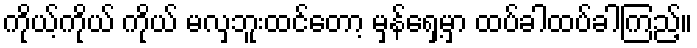
ကိုယ့်ကိုယ် ကိုယ် မလှဘူးထင်တော့ မှန်ရှေ့မှာ ထပ်ခါထပ်ခါကြည့်။